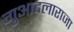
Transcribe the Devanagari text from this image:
गुआदलाराजा